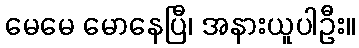
မေမေ မောနေပြီ၊ အနားယူပါဦး။